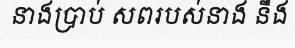
នាងប្រាប់ សពរបស់នាង នឹង